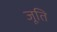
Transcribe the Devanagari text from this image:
जूति